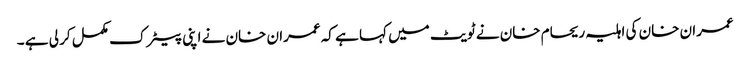
عمران خان کی اہلیہ ریحام خان نے ٹویٹ میں کہا ہے کہ عمران خان نے اپنی پیٹرک مکمل کر لی ہے ۔